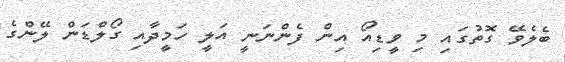
ބެލެވޭ ގޮތުގައި މި ވީޑިއޯ އިން ފެންނަނީ އަލީ ހަމީދާއި ގޯލްޑަން ލޭންގެ